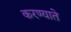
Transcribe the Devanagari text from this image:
करण्याते